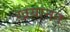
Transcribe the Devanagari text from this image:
ख़यानत